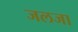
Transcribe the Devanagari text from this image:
जलजा